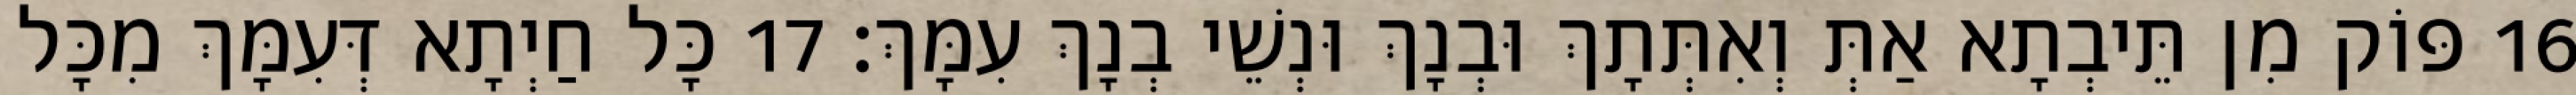
16 פּוֹק מִן תֵּיבְתָא אַתְּ וְאִתְּתָךְ וּבְנָךְ וּנְשֵׁי בְנָךְ עִמָּךְ׃ 17 כָּל חַיְתָא דְּעִמָּךְ מִכָּל